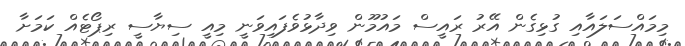
މިމައްސަލައާއި ގުޅިގެން އޭރު ރައީސް މައުމޫން ވިދާޅުވެފައިވަނީ މިއީ ސިޔާސީ ރިޕޯޓެއް ކަމަށާ